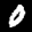
Label: 0